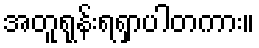
အတူရုန်းရရှာပါတကား။